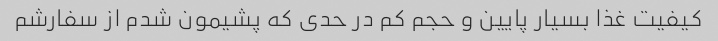
کیفیت غذا بسیار پایین و حجم کم در حدی که پشیمون شدم از سفارشم